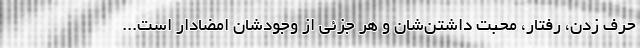
حرف زدن، رفتار، محبت داشتن‌شان و هر جزئی از وجودشان امضادار است...